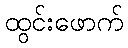
ထွင်းဖောက်